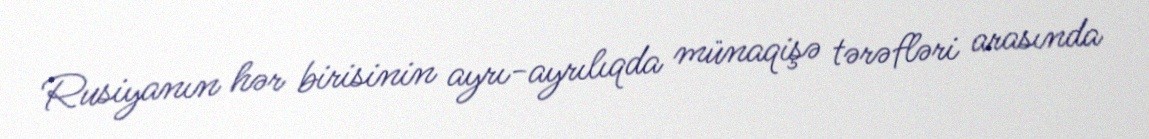
Rusiyanın hər birisinin ayrı-ayrılıqda münaqişə tərəfləri arasında